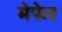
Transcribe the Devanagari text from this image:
मेफेर